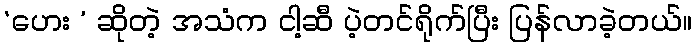
‘ဟေး ’ ဆိုတဲ့ အသံက ငါ့ဆီ ပဲ့တင်ရိုက်ပြီး ပြန်လာခဲ့တယ်။